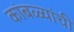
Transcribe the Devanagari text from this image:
कांबळ्यांची